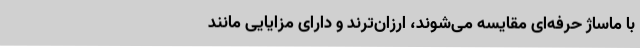
با ماساژ حرفه‌ای مقایسه می‌شوند، ارزان‌ترند و دارای مزایایی مانند